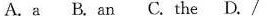
A.a B. an C.The D./